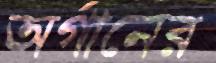
অর্গানের